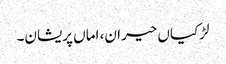
لڑکیاں حیران، اماں پریشان۔